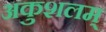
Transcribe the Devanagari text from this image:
अकुशलम्